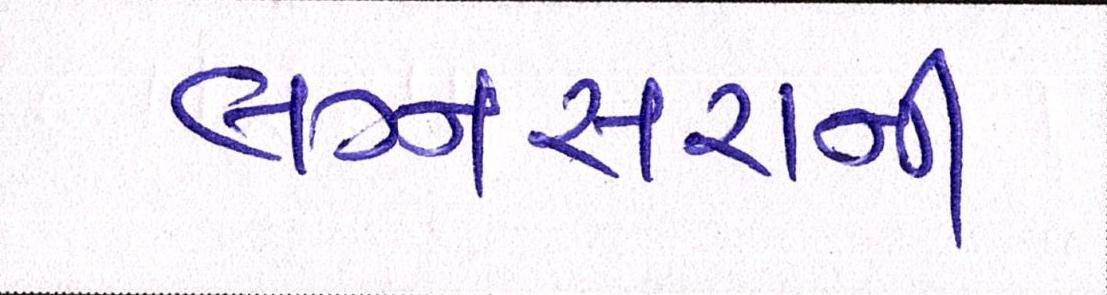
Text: લગ્નસરાની